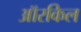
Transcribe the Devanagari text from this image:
ऑरकिल